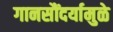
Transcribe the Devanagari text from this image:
गानसौंदर्यामुळे